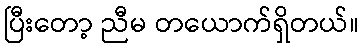
ပြီးတော့ ညီမ တယောက်ရှိတယ်။